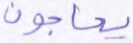
يحاجون